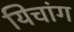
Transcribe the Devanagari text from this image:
यिचांग